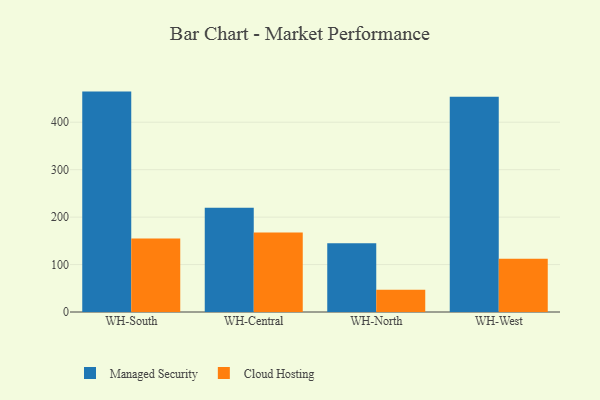
{"axis": {"x": "Warehouse", "y": "Tickets Resolved"}, "legend": ["Cloud Hosting", "Managed Security"], "data": [{"x": "WH-South", "y": 464.5, "type": "Managed Security"}, {"x": "WH-South", "y": 154.7, "type": "Cloud Hosting"}, {"x": "WH-Central", "y": 219.9, "type": "Managed Security"}, {"x": "WH-Central", "y": 167.6, "type": "Cloud Hosting"}, {"x": "WH-North", "y": 145.1, "type": "Managed Security"}, {"x": "WH-North", "y": 46.8, "type": "Cloud Hosting"}, {"x": "WH-West", "y": 453.4, "type": "Managed Security"}, {"x": "WH-West", "y": 112.2, "type": "Cloud Hosting"}]}